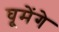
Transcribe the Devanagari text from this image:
घूमेंगे